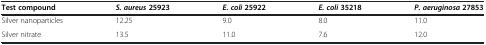
| Test compound | S. aureus25923 | E. coli25922 | E. coli35218 | P. aeruginosa27853 |
 | --- | --- | --- | --- | --- |
 | Silver nanoparticles | 12.25 | 9.0 | 8.0 | 11.0 |
 | Silver nitrate | 13.5 | 11.0 | 7.6 | 12.0 |